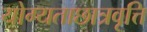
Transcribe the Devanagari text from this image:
योग्यताछात्रवृत्ति